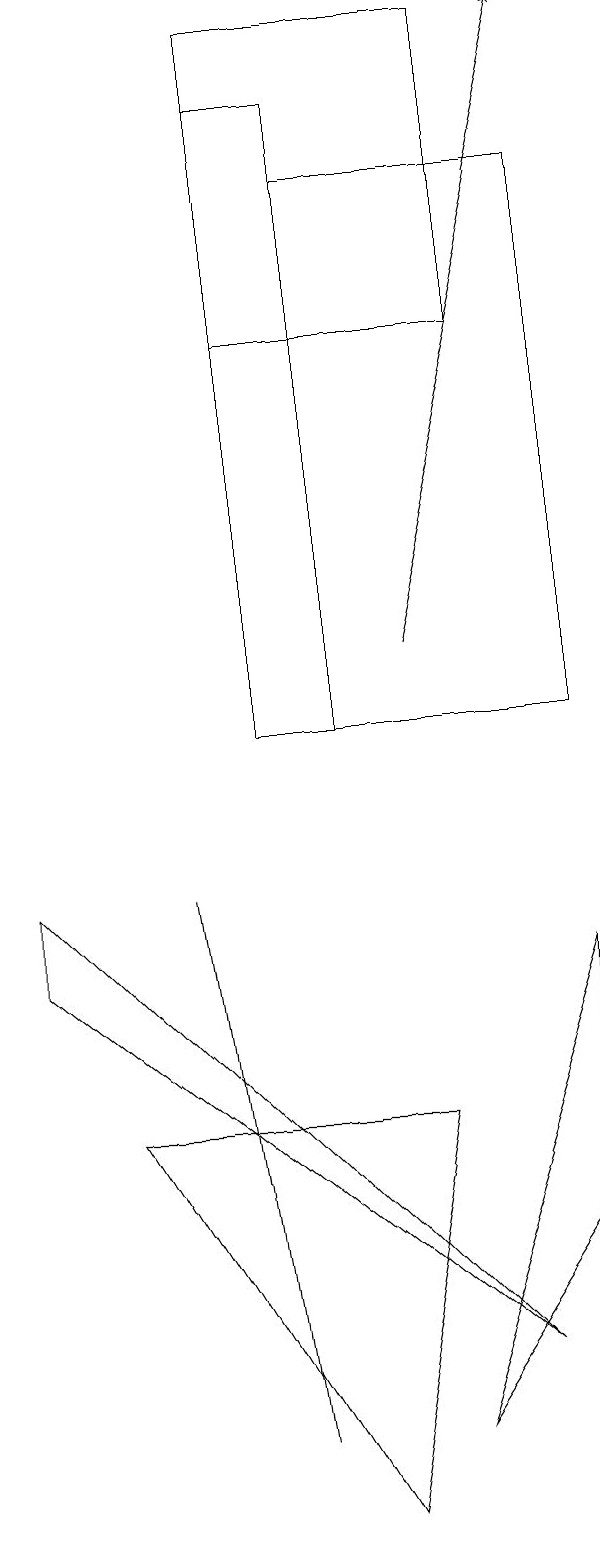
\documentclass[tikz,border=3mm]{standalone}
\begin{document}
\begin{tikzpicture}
\draw (5,1) -- (4,8) -- (4,8) -- cycle;
\draw (8,15) rectangle (5,19);
\draw (3,5) -- (6,0) -- (7,5) -- cycle;
\draw[->] (7,11) -- (9,19);
\draw (9,7) -- (7,1) -- (9,4) -- cycle;
\draw (9,17) rectangle (6,10);
\draw (6,10) rectangle (5,18);
\draw (8,2) -- (2,8) -- (2,7) -- cycle;
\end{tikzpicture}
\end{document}